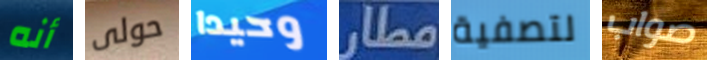
أنه حولى وحيدا مطار لتصفية صواب